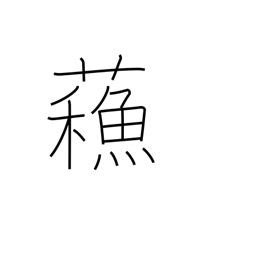
Meaning: revived